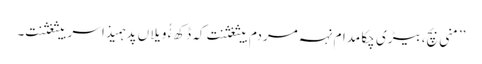
’’منی بچ،بیڑی چکا مدام نہہ مردم بیثغثنت کہ ڈکھ ءُُ ویلاں پد ہمیذا سربیثغثنت۔